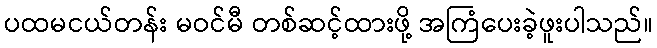
ပထမငယ်တန်း မဝင်မီ တစ်ဆင့်ထားဖို့ အကြံပေးခဲ့ဖူးပါသည်။